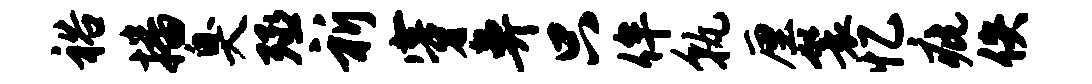
裕播臭殛祈穿鼻只侔孰厘鬟忆疵佚